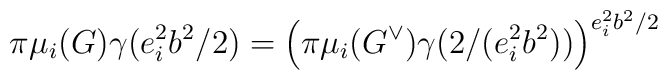
\pi \mu _{i}(G)\gamma (e_{i}^{2}b^{2}/2)=\left( \pi \mu _{i}(G^{\vee})\gamma (2/(e_{i}^{2}b^{2}))\right) ^{e_{i}^{2}b^{2}/2}